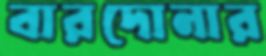
বারদোনার